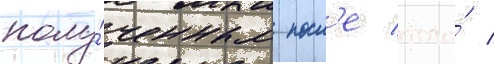
полу́ченным посл'е того́ /